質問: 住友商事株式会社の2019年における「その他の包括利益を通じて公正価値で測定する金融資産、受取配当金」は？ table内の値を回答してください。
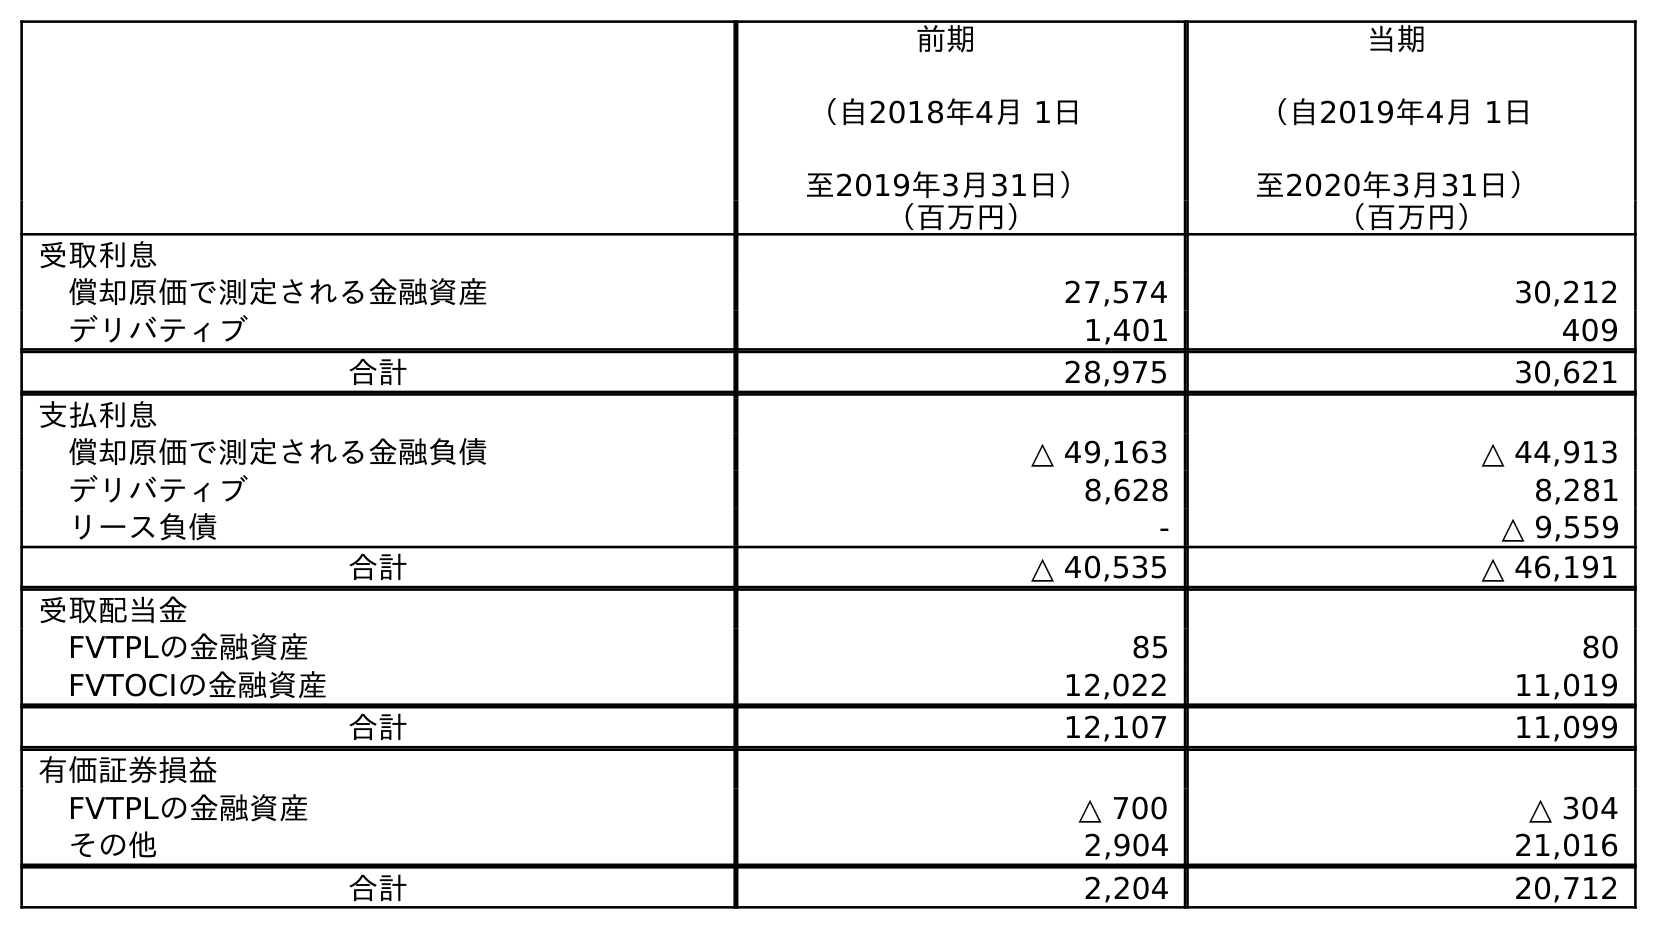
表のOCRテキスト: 前期 （自2018年4月 1日 至2019年3月31日） 当期 （自2019年4月 1日 至2020年3月31日） （百万円） （百万円） 受取利息 償却原価で測定される金融資産 27,574 30,212 デリバティブ 1,401 409 合計 28,975 30,621 支払利息 償却原価で測定される金融負債 △ 49,163 △ 44,913 デリバティブ 8,628 8,281 リース負債 - △ 9,559 合計 △ 40,535 △ 46,191 受取配当金 FVTPLの金融資産 85 80 FVTOCIの金融資産 12,022 11,019 合計 12,107 11,099 有価証券損益 FVTPLの金融資産 △ 700 △ 304 その他 2,904 21,016 合計 2,204 20,712
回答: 12,022